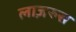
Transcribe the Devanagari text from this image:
लाज़रुस